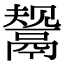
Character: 鬶